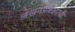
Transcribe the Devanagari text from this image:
लेखनप्रकाराची